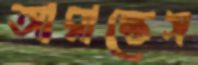
আরান্তেস